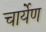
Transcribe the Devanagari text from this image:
चार्येण